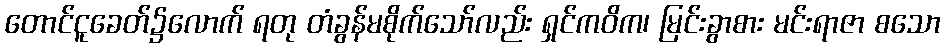
တောင်ငူခေတ်၌လောက် ရတု တံခွန်မစိုက်သော်လည်း ရှင်ကဝိက၊ မြင်းခွာစား မင်းရာဇာ စသော